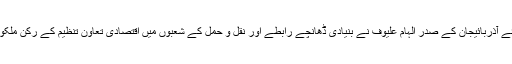
اس سے پہلے سربراہی اجلاس سے خطاب کرتے ہوئے آذربائیجان کے صدر الہام علیوف نے بنیادی ڈھانچے رابطے اور نقل و حمل کے شعبوں میں اقتصادی تعاون تنظیم کے رکن ملکوں کے درمیان باہمی تعاون کی ضرورت پر زور دیا۔